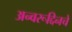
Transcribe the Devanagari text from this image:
अन्वरूद्दिनचे